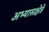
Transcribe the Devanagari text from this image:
अभ्यासक्षेत्रे